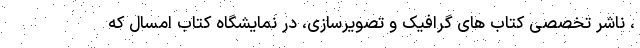
، ناشر تخصصی کتاب های گرافیک و تصویرسازی، در نمایشگاه کتاب امسال که